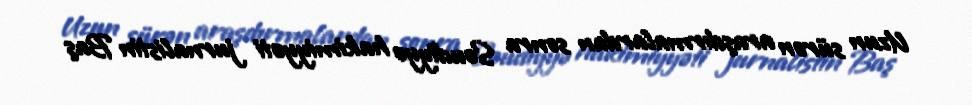
Uzun sürən araşdırmalardan sonra Səudiyyə hakimiyyəti jurnalistin Baş